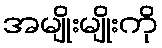
အမျိုးမျိုးကို